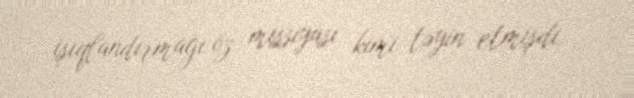
işıqlandırmağı öz missiyası kimi təyin etmişdi.